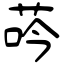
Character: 荶